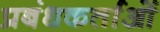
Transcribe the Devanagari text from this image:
प्रबंधकर्ताओं